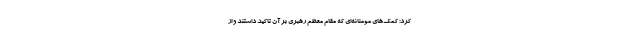
کرد: کمک‌های مومنانه‌ای که مقام معظم رهبری بر آن تاکید داشتند و از